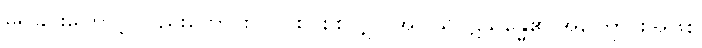
မရှိခြင်းကြောင့် လည်းကောင်း။ ဝါ၊ စင်စစ်လျှင် အပါယ်ပဋိသန္ဓေ၏ အကြောင်းအဖြစ်